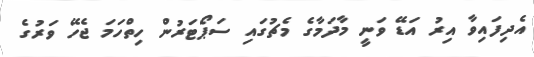
އެދިފައިވާ އިރު އަޑޭ ވަނީ މާދަމާގެ މެޗުގައި ސަޕޯޓަރުން ހިތްހަމަ ޖެހޭ ވަރުގެ